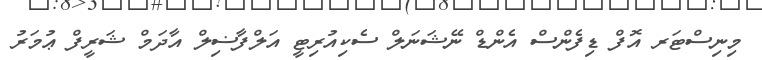
މިނިސްޓަރ އޮފް ޑިފެންސް އެންޑް ނޭޝަނަލް ސެކިއުރިޓީ އަލްފާޟިލް އާދަމް ޝަރީފް ޢުމަރު